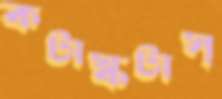
কটাস্‌কটাস্‌